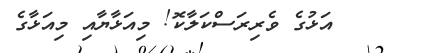
އަޅުގެ ވެރިރަސްކަލާކޮ! މިއަޅާޔާއި މިއަޅާގެ